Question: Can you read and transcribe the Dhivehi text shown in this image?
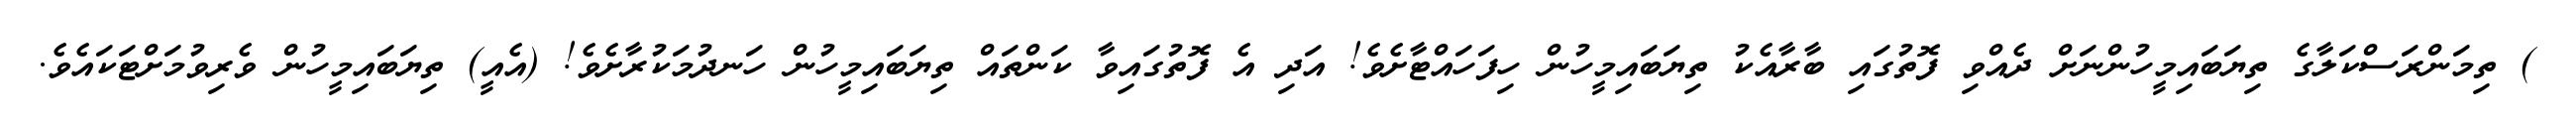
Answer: ) ތިމަންރަސްކަލާގެ ތިޔަބައިމީހުންނަށް ދެއްވި ފޮތުގައި ބާރާއެކު ތިޔަބައިމީހުން ހިފަހައްޓާށެވެ! އަދި އެ ފޮތުގައިވާ ކަންތައް ތިޔަބައިމީހުން ހަނދުމަކުރާށެވެ! (އެއީ) ތިޔަބައިމީހުން ވެރިވުމަށްޓަކައެވެ.